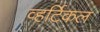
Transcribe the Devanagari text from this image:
व्हर्टिकल